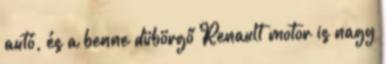
autó, és a benne dübörgő Renault motor is nagy